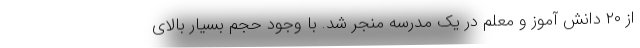
از ۲۰ دانش آموز و معلم در یک مدرسه منجر شد. با وجود حجم بسیار بالای